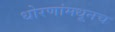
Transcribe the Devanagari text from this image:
धोरणांमधूनच